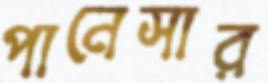
পানেসার